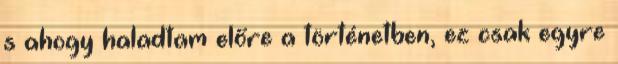
s ahogy haladtam előre a történetben, ez csak egyre